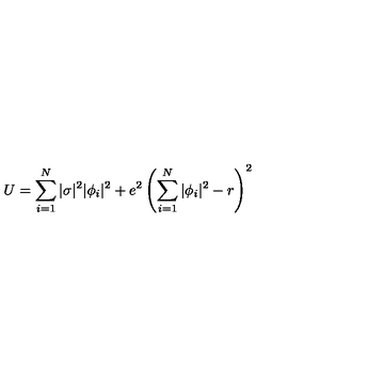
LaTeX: U = \sum _ { i = 1 } ^ { N } | \sigma | ^ { 2 } | \phi _ { i } | ^ { 2 } + e ^ { 2 } \left( \sum _ { i = 1 } ^ { N } | \phi _ { i } | ^ { 2 } - r \right) ^ { 2 }